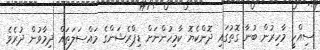
ސިއްހީ މާހިރުން ބުނާ ގޮތުގައި ދޮންކެޔޮ ކާމިހުންނަށް ޑިޕްރެޝަންގެ މައްސަލަތައް ދިމާވުން ދުރެވެ